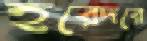
হরেদরে